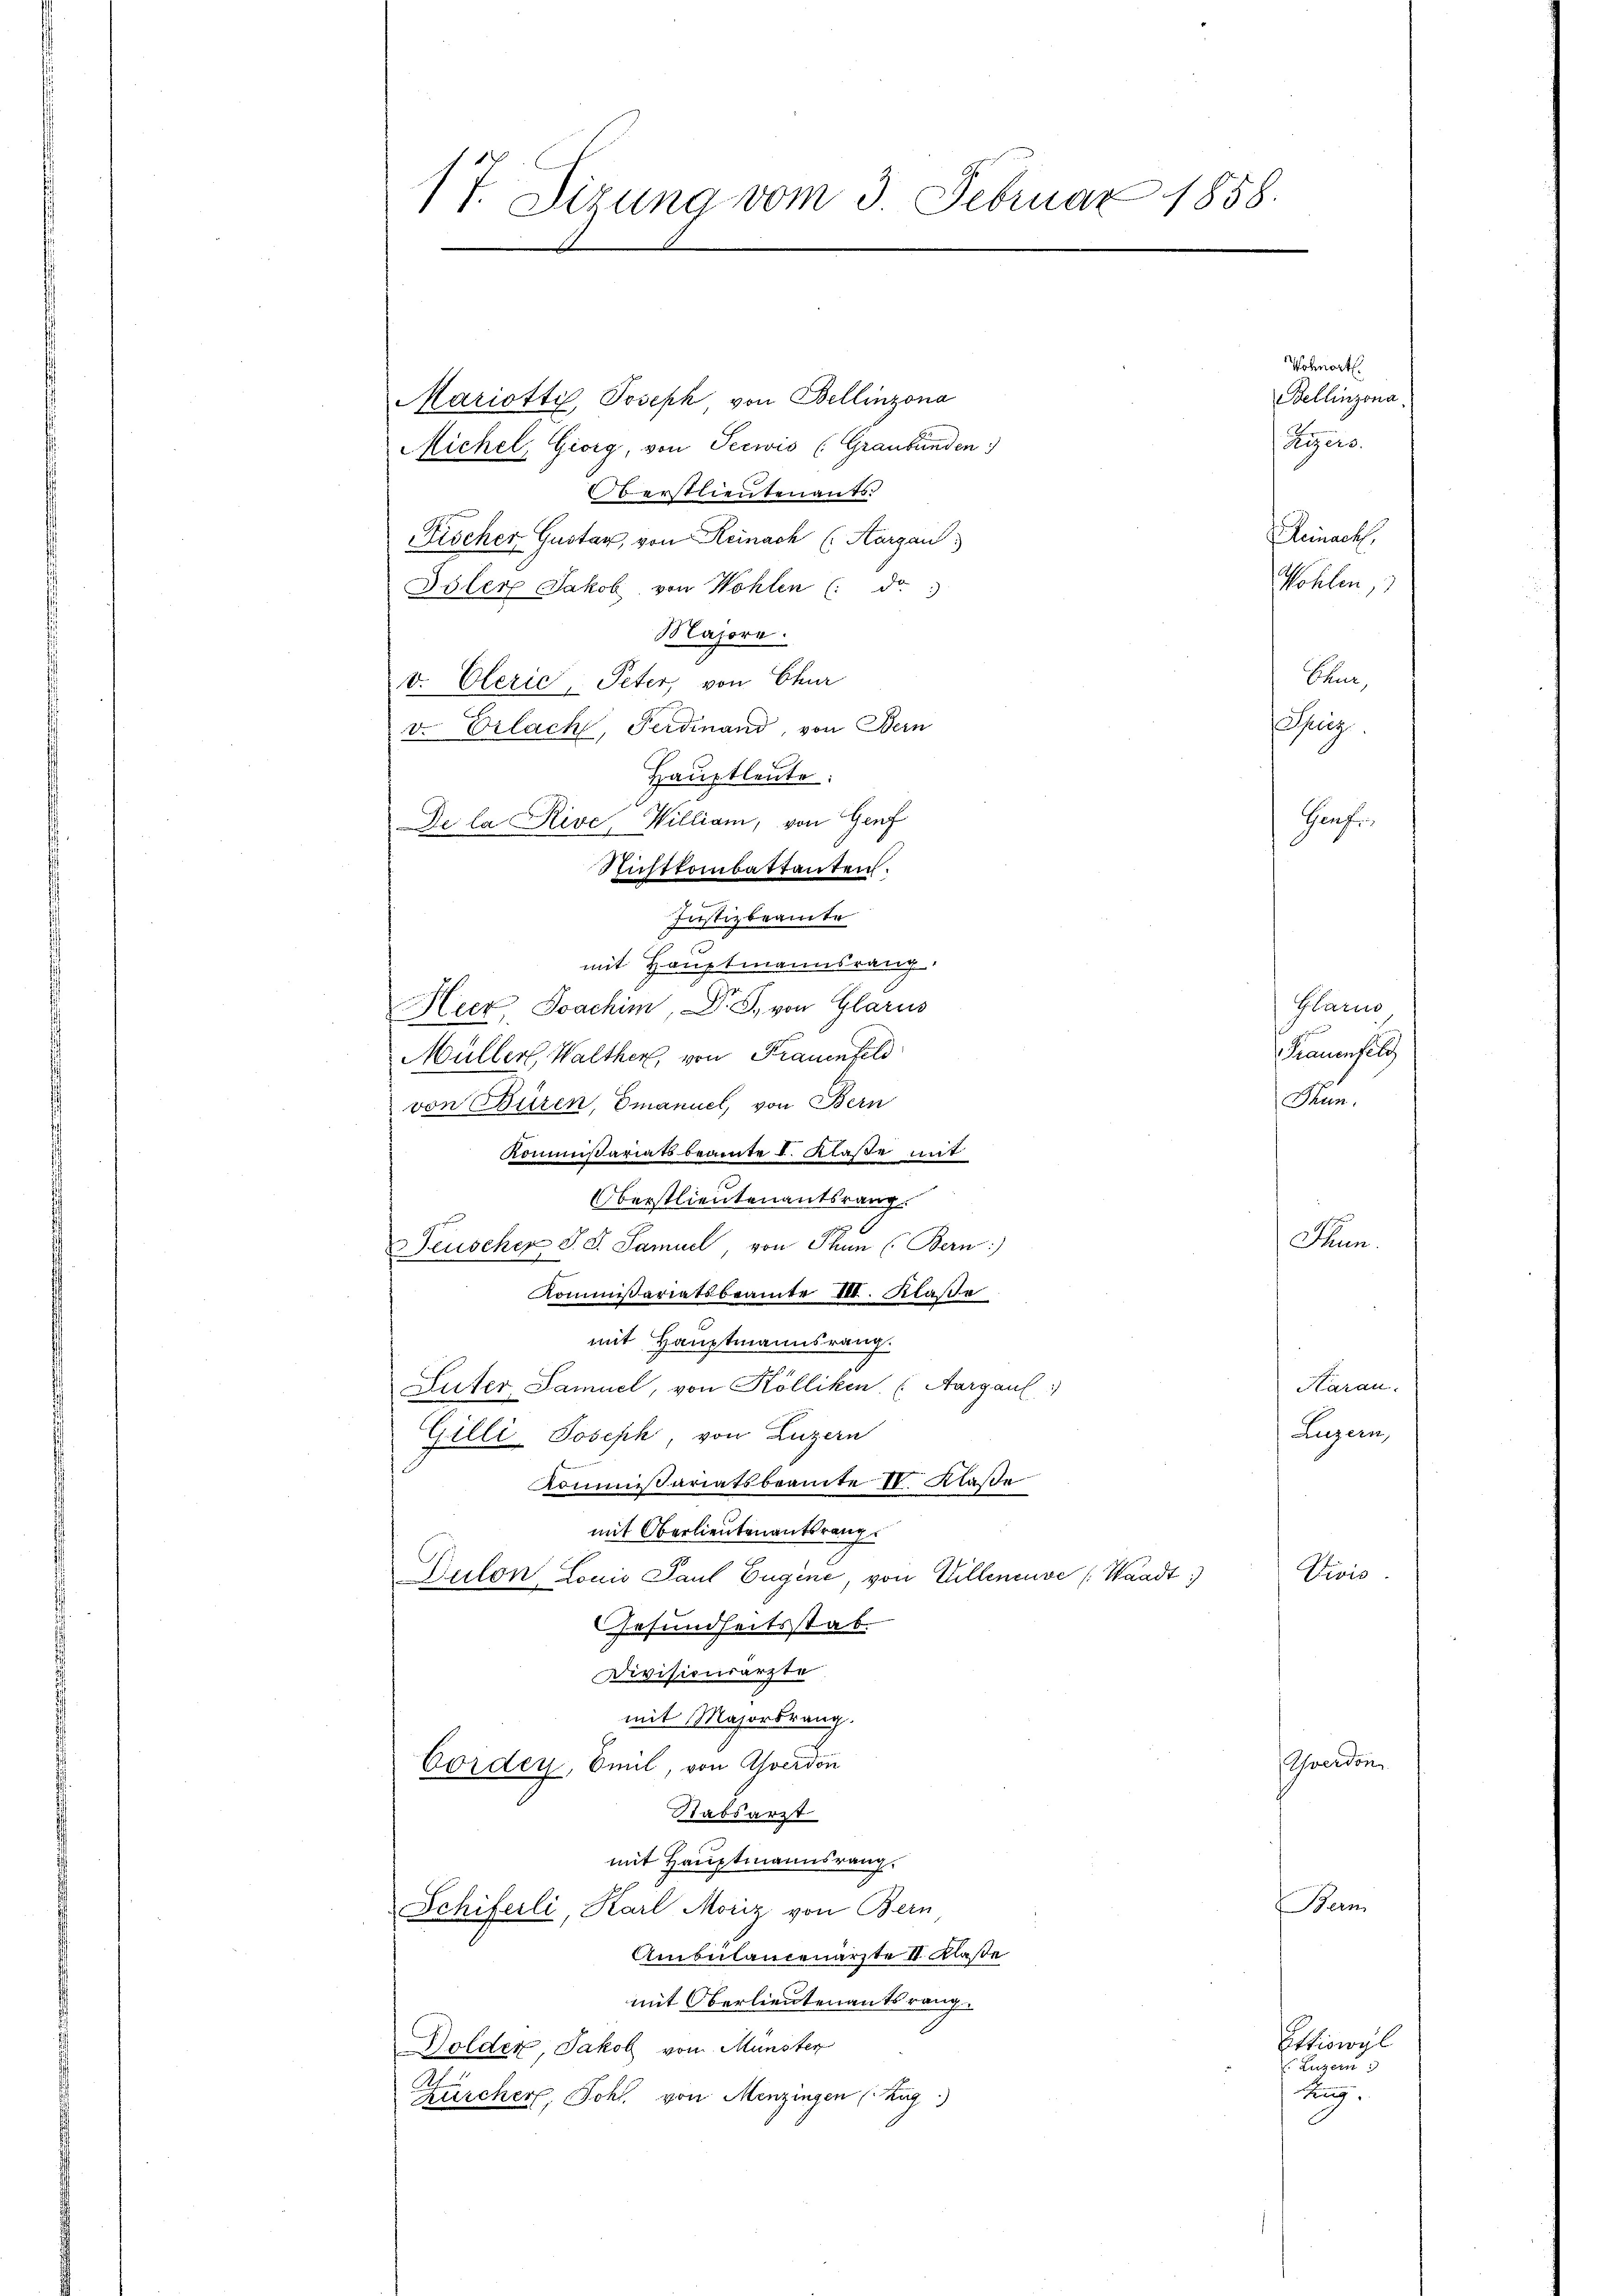
Mariotti, Joseph von Bellinzona
Michel, Georg, von Seewis (Graubünden
Oberstlieutenants.
Fischer Gustar, von Reinach (Aargau,
Isler Jakob von Wohlen (: da
Majore.
v. Clerie, Peter, von Chur
v. Erlach, Ferdinand, von Bern
Richttombattanten.
Justizbeamte
mit Hauptmannsrang
Hecz, Joachim, Dr. S. von Glarus
Müller, Walther, von Frauenfeld
von Büren, Emanuel, von Bern
Kommissariatsbeamte I. Klase mit
Oberstlieutenantsrang.
Feuscher J. G. Samuel von Thun (Bern)
Kommissariatsbeamte III. Klaße
mit Hauptmannsrang.
Suter Samuel, von Kölliken. (Aargaul
Gilli Joseph, von Luzern
Kommissariatsbeamte IV. Klasse
mit Oberlieutenantsrang
Dulon Louis Paul Eugene, von Willeneuve (Waadt:
Gesundheitsstab.
Divisionsarzte
mit Majorsrang.
Coidey, Emil, von verdon
Stabsarzt
mit Hauptmannsrang.
Schiferli, Karl Moriz von Bern
Ambulancenärzte II Klaße
mit Oberlieutenantsrang.
Dolder, Jakob von Münster
Zürcher, Johl. von Menzingen (Zug)

17. Sizung vom 3. Februar 1858.

Hauptleute:
De la Rive, William, von Genf

Wohnort
Bellinzona.
Gigers.

Chur
ährig
Grafe

Glarus
Frauensel
Thun.

Pini

Ber

Kleinachh
Wohlen,

Haran.
Luzern,

Che

Steu

werde

hional
 Luzern
tig.